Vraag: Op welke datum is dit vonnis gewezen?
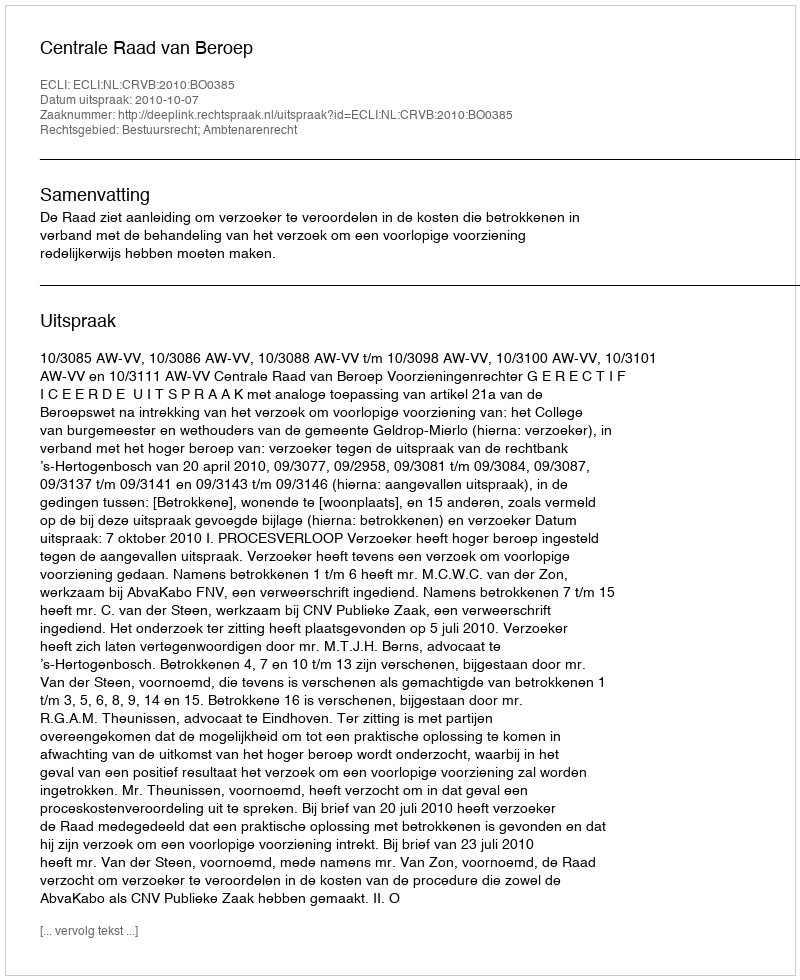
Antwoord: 2010-10-07